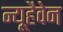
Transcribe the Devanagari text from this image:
न्यूहैवेन